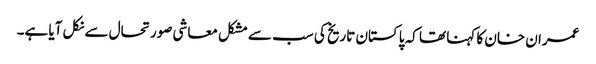
عمران خان کا کہنا تھا کہ پاکستان تاریخ کی سب سے مشکل معاشی صورتحال سے نکل آیا ہے۔